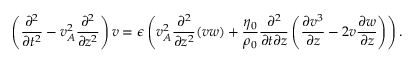
\left( \frac { \partial ^ { 2 } } { \partial t ^ { 2 } } - v _ { A } ^ { 2 } \frac { \partial ^ { 2 } } { \partial z ^ { 2 } } \right) v = \epsilon \left( v _ { A } ^ { 2 } \frac { \partial ^ { 2 } } { \partial z ^ { 2 } } ( v w ) + \frac { \eta _ { 0 } } { \rho _ { 0 } } \frac { \partial ^ { 2 } } { \partial t \partial z } \left( \frac { \partial v ^ { 3 } } { \partial z } - 2 v \frac { \partial w } { \partial z } \right) \right) .